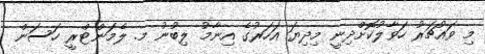
މި ވައުޗަރު ހަވާލުކޮށްދިނީ މިދިޔަ އަހަރުގެ އިނާމު ލިބުނު މ. ލެމަންޓްރީ ހަސަން